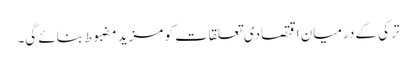
ترکی کے درمیان اقتصادی تعلقات کو مزید مضبوط بنائے گی۔